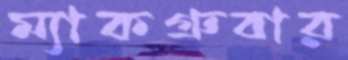
ম্যাকগ্রুবার